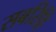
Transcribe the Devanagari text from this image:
सबरिहि